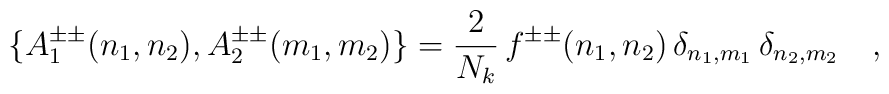
\{A_1^{\pm\pm}(n_1,n_2),A_2^{\pm\pm}(m_1,m_2)\}=\frac{2}{N_k}\,f^{\pm\pm}(n_1,n_2)\,\delta_{n_1,m_1}\,\delta_{n_2,m_2}\ \ \ ,